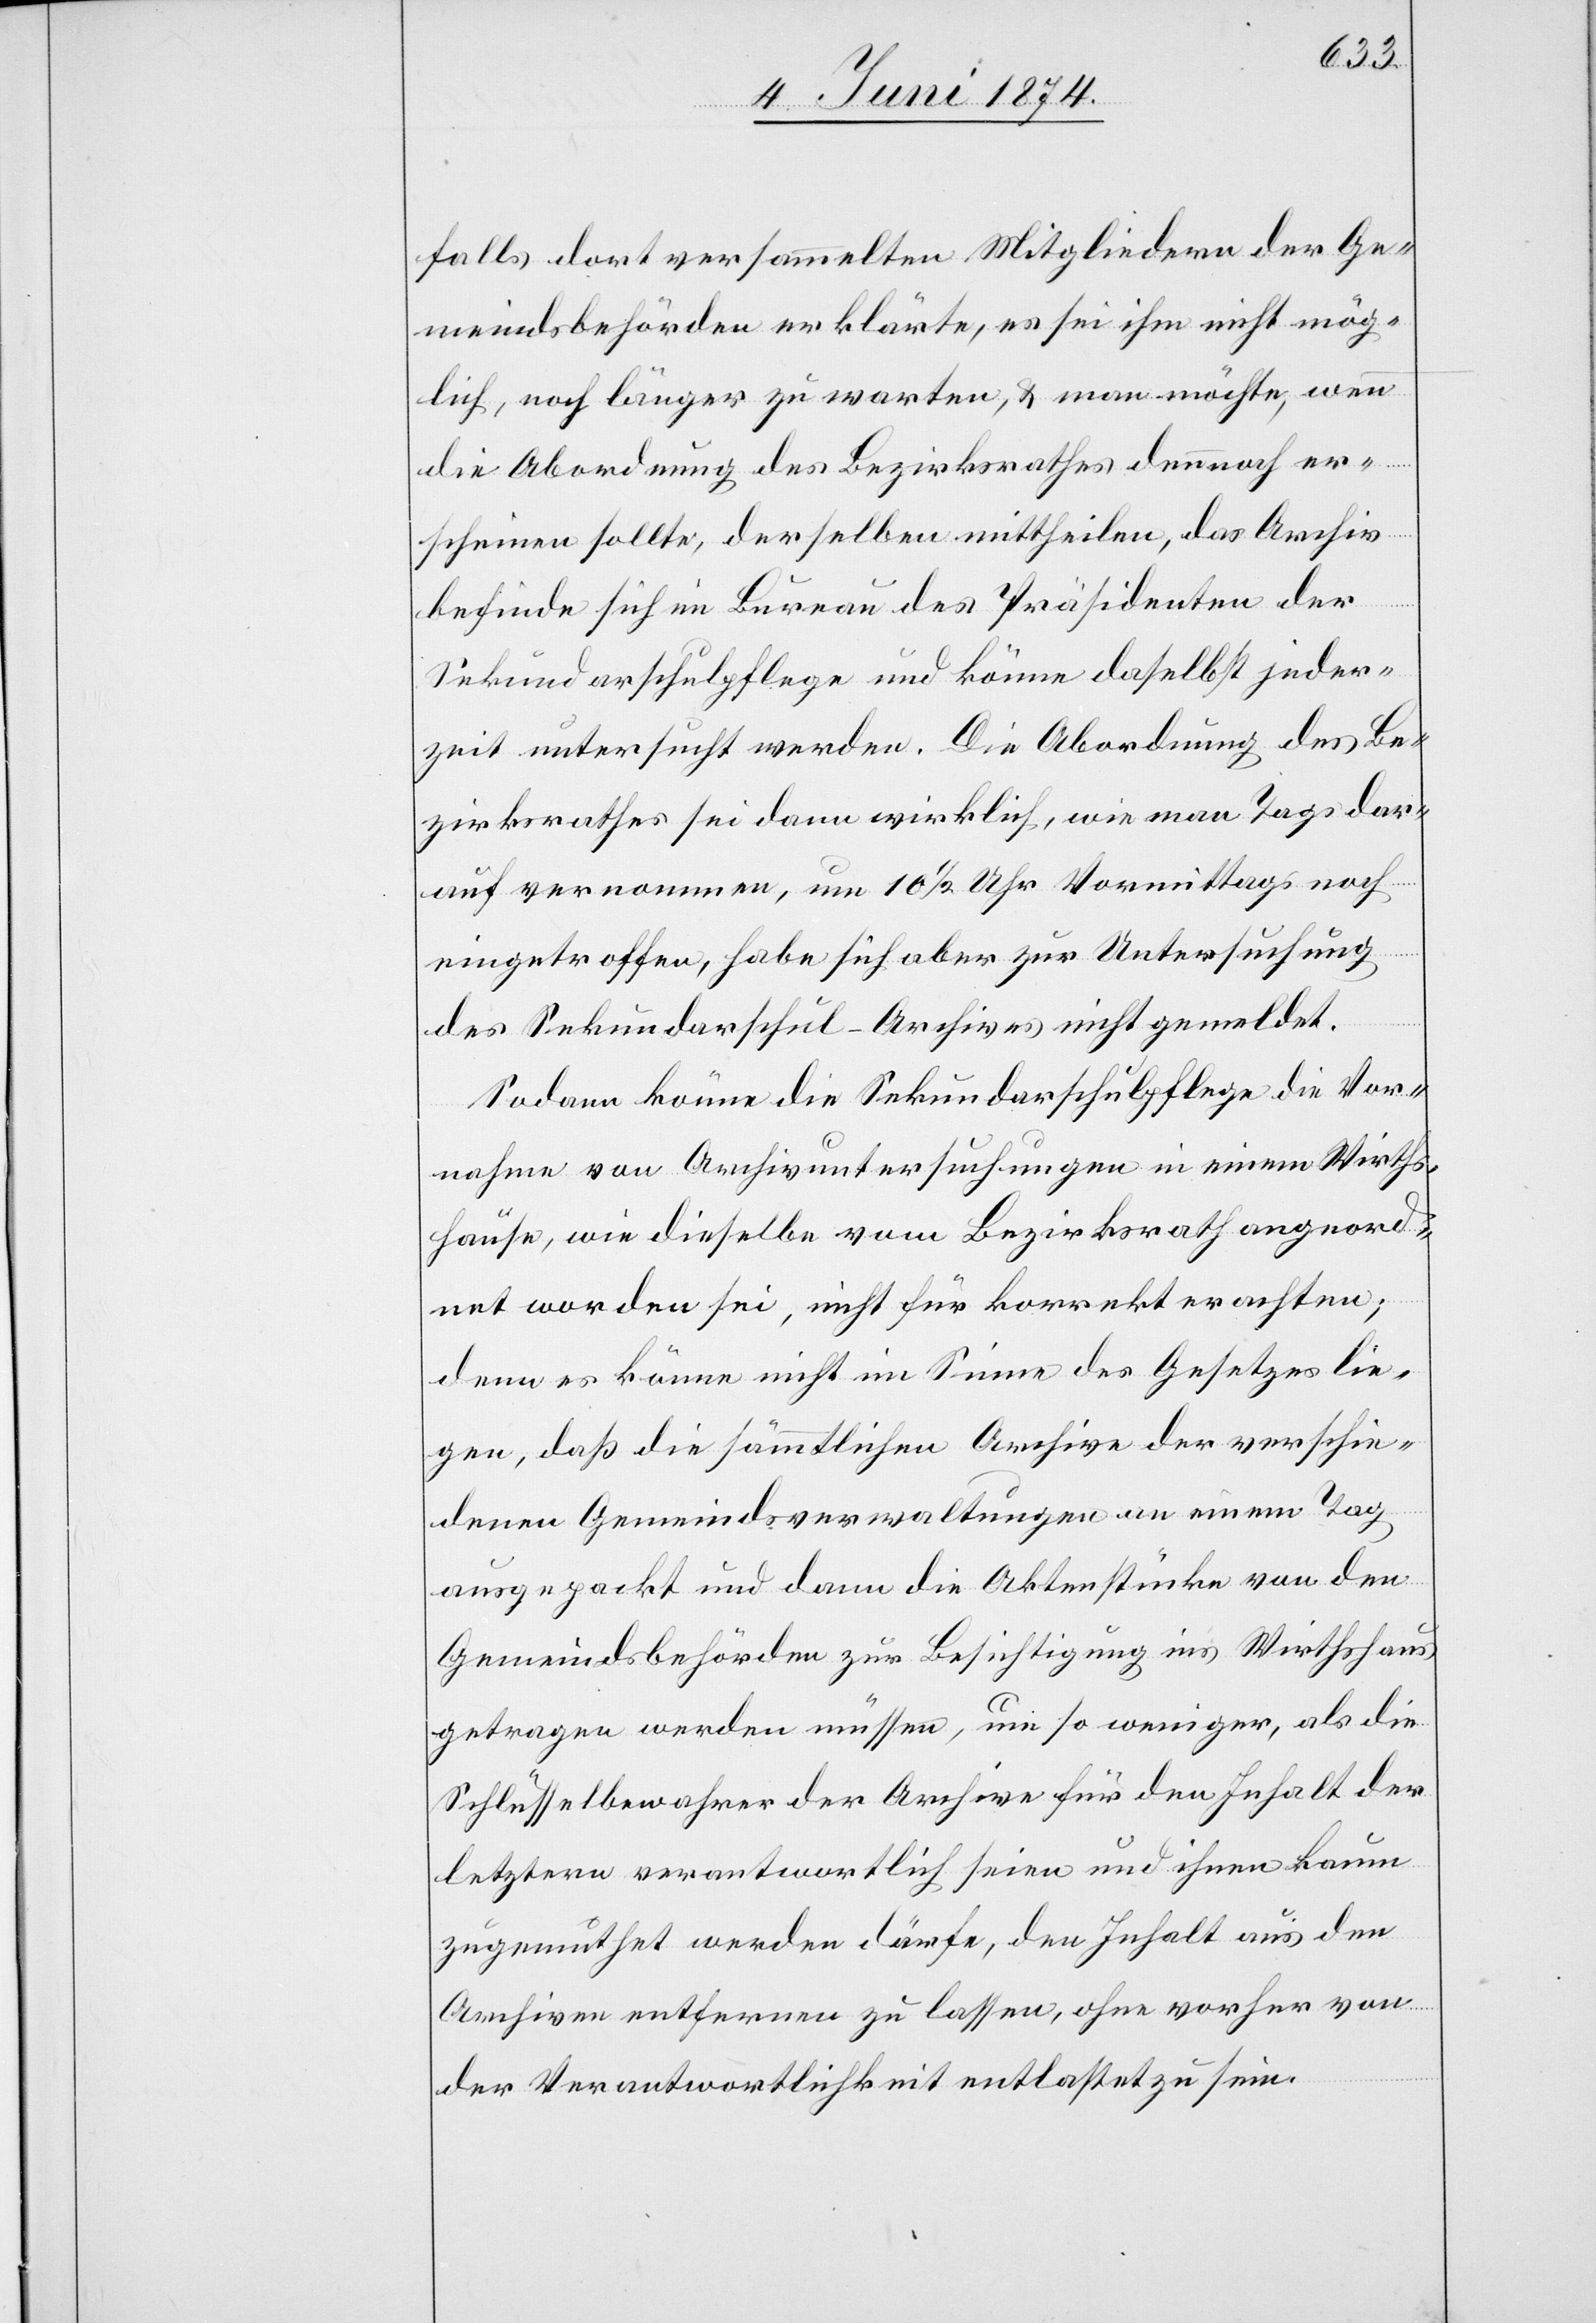
falls dort versammelten Mitgliedern der Ge¬
meindsbehörden erklärte, es sei ihm nicht mög¬
lich, noch länger zu warten, u. man möchte, wenn
die Abordnung des Bezirksrathes dennoch er¬
scheinen sollte, derselben mittheilen, das Archiv
befinde sich im Bureau des Präsidenten der
Sekundarschulpflege und könne daselbst jeder¬
zeit untersucht werden. Die Abordnung des Be¬
zirksrathes sei dann wirklich, wie man Tags dar¬
auf vernommen, um 10 1/2 Uhr Vormittags noch
eingetroffen, habe sich aber zur Untersuchung
des Sekundarschul-Archives nicht gemeldet.
Sodann könne die Sekundarschulpflege die Vor¬
nahme von Archivuntersuchungen in einem Wirths¬
hause, wie dieselbe vom Bezirksrath angeord¬
net worden sei, nicht für korrekt erachten;
denn es könne nicht im Sinne des Gesetzes lie¬
gen, daß die sämmtlichen Archive der verschie¬
denen Gemeindsverwaltungen an einem Tag
ausgepackt und dann die Aktenstücke von den
Gemeindsbehörden zur Besichtigung ins Wirthshaus
getragen werden müssen, um so weniger, als die
Schlüsselbewacher der Archive für den Inhalt der
letztern verantwortlich seien und ihnen kaum
zugemuthet werden dürfe, den Inhalt aus den
Archiven entfernen zu lassen, ohne vorher von
der Verantwortlichkeit entlastet zu sein.